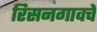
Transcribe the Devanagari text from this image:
रिसनगावचे